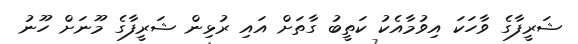
ޝަރީފާގެ ވާހަކަ އިވުމާއެކު ކަތީބު ގާތަށް އައި ރުޅިން ޝަރީފާގެ މޫނަށް ހޫނު